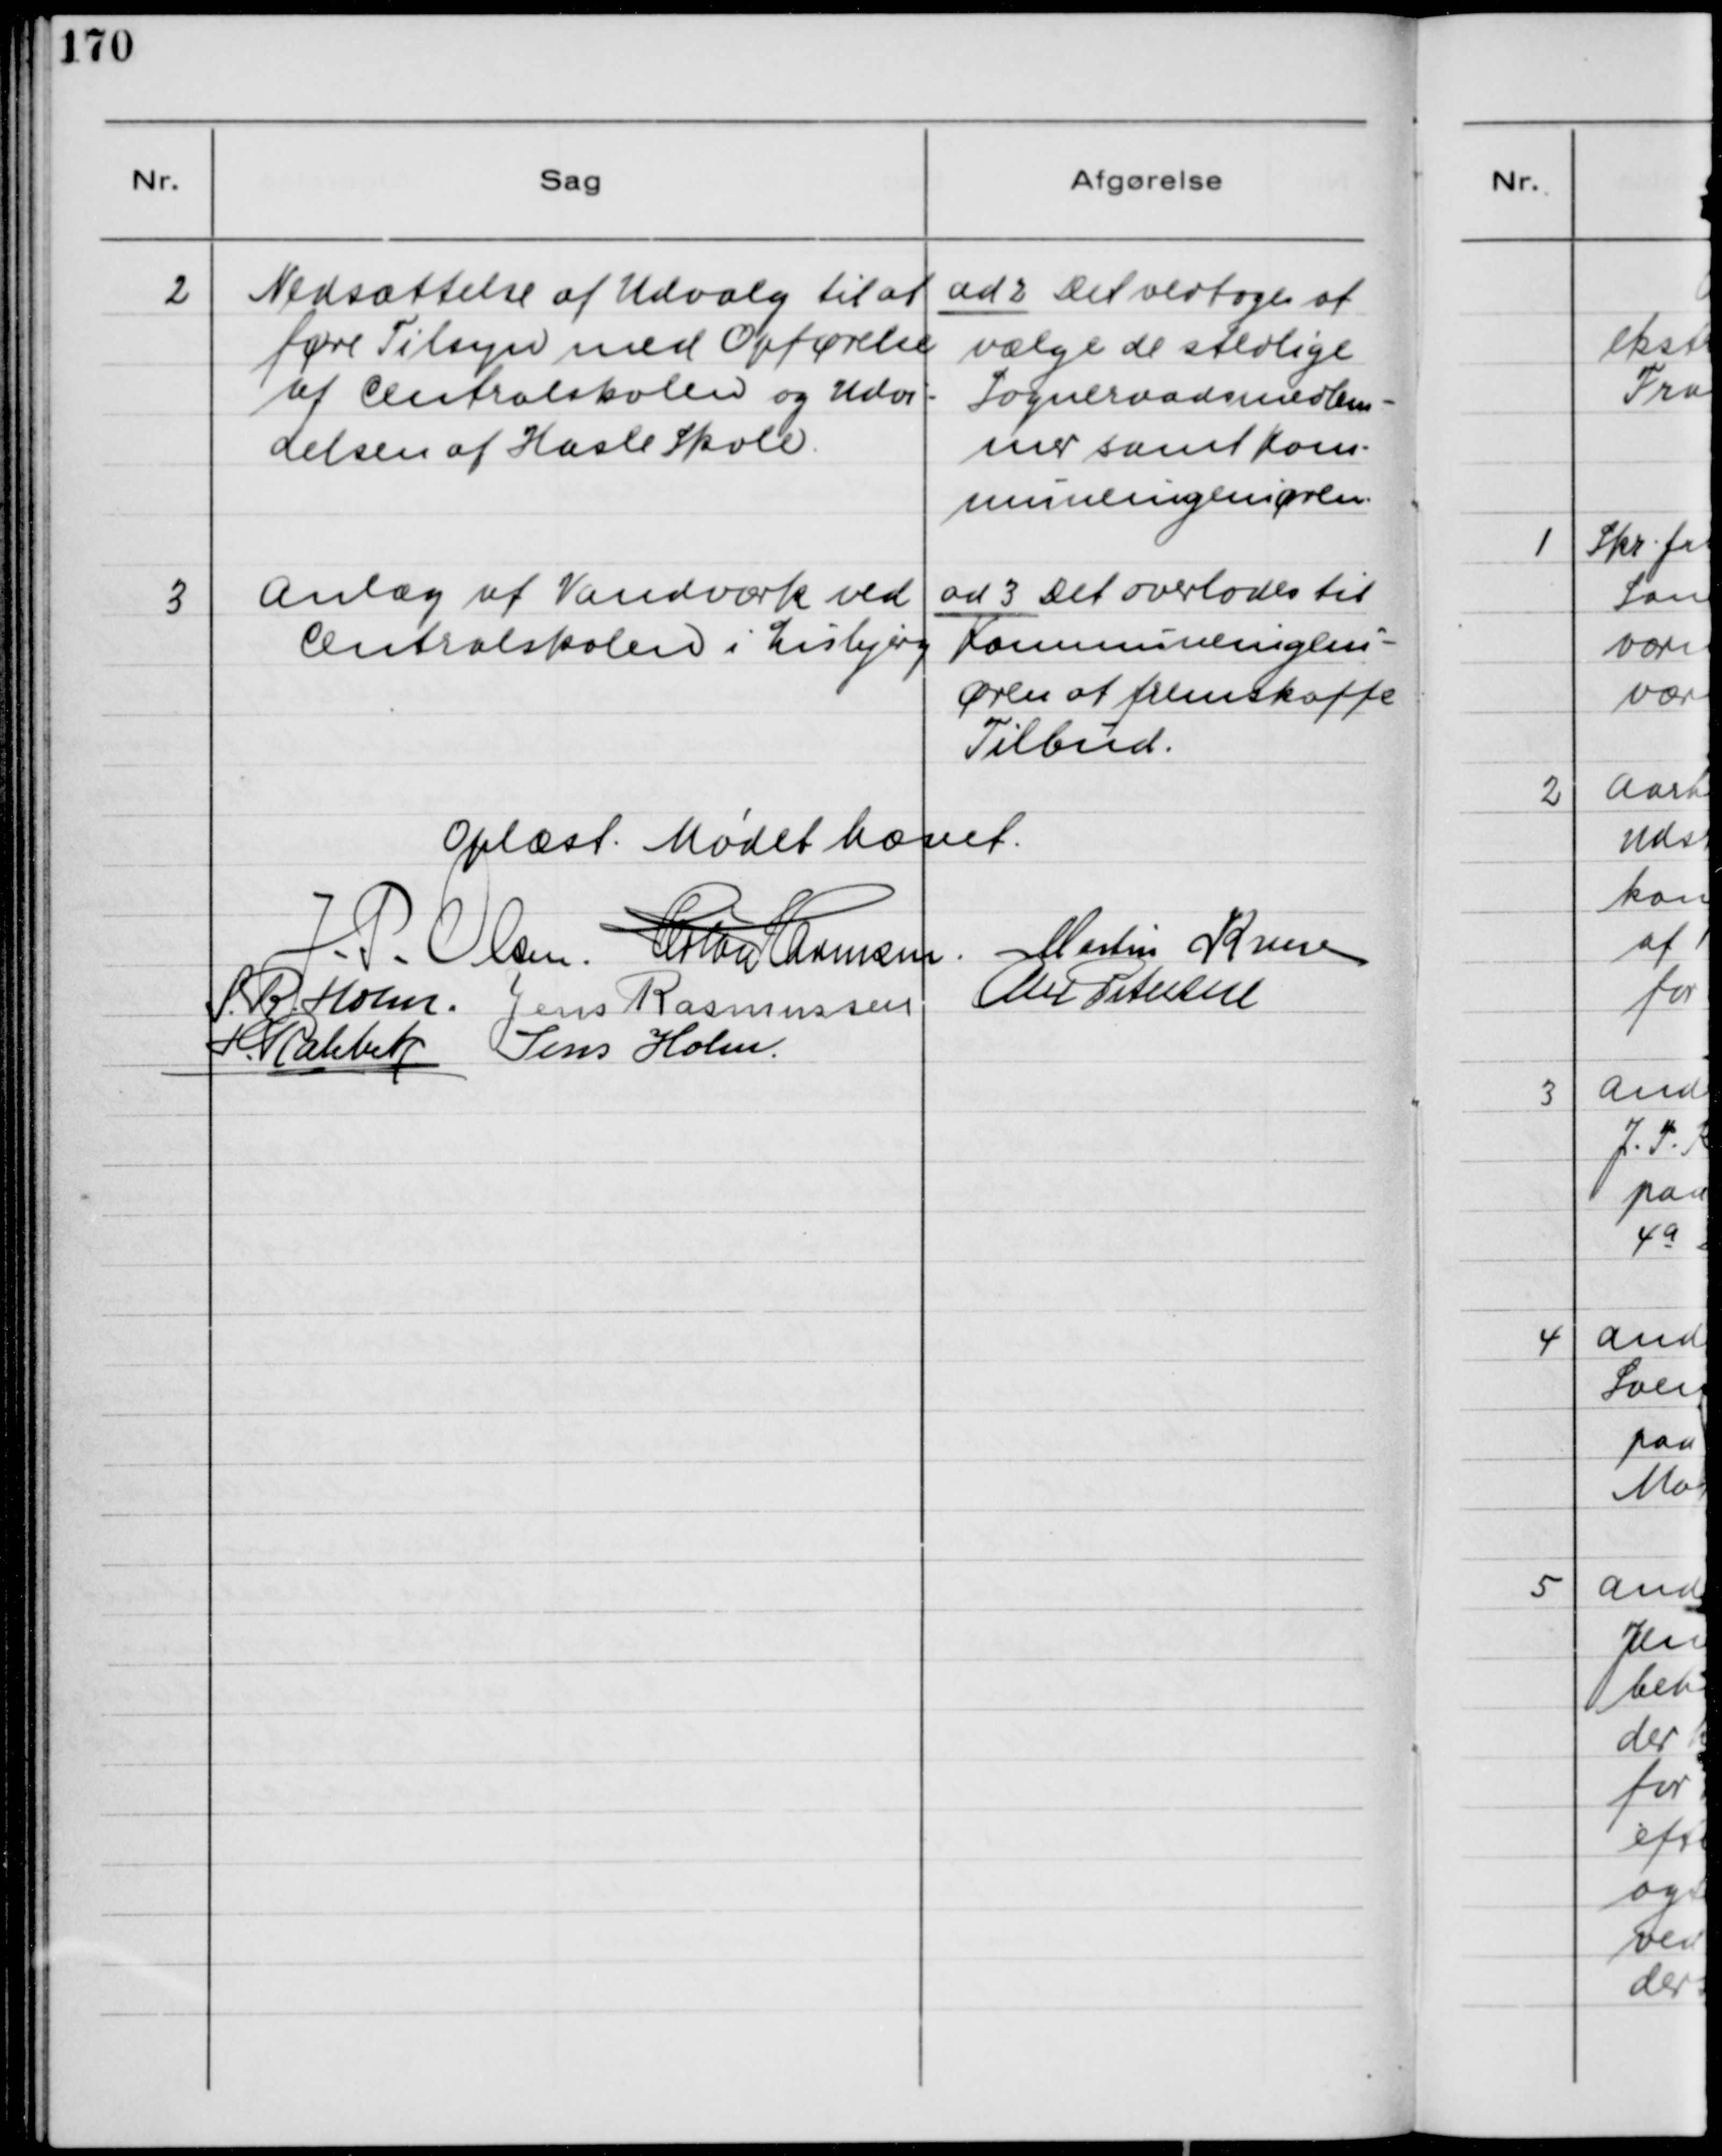
Transskription:
2
Nedsættelse af Udvalg til at
føre Tilsyn med Opførelse
af Centralskolen og Udvi-
delsen af Hasle Skole.

ad 2. Det vedtoges at
vælge de stedlige
Sogneraadsmedlem-
mer samt Kom-
muneingeniøren.

3
Anlæg af Vandværk ved
Centralskolen i Lisbjerg

ad 3. Det overlades til
Kommuneingeni-
øren at fremskaffe
Tilbud.

Oplæst. Mødet hævet.